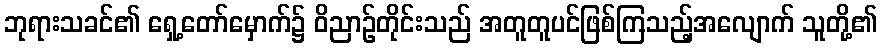
ဘုရားသခင်၏ ရှေ့တော်မှောက်၌ ဝိညာဉ်တိုင်းသည် အတူတူပင်ဖြစ်ကြသည့်အလျောက် သူတို့၏